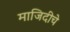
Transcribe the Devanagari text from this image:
माजिदीचे